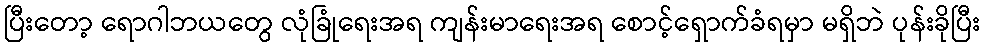
ပြီးတော့ ရောဂါဘယတွေ လုံခြုံရေးအရ ကျန်းမာရေးအရ စောင့်ရှောက်ခံရမှာ မရှိဘဲ ပုန်းခိုပြီး